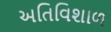
અતિવિશાળ